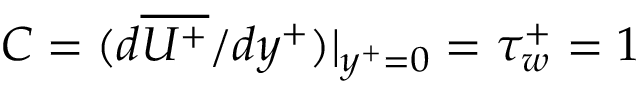
C = ( d \overline { { U ^ { + } } } / { d y ^ { + } } ) | _ { y ^ { + } = 0 } = \tau _ { w } ^ { + } = 1